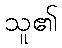
သူ၏